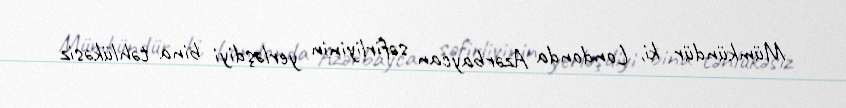
Mümkündür ki, Londonda Azərbaycan səfirliyinin yerləşdiyi bina təhlükəsiz